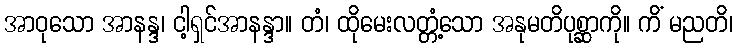
အာဝုသော အာနန္ဒ၊ ငါ့ရှင်အာနန္ဒာ။ တံ၊ ထိုမေးလတ္တံ့သော အနုမတိပုစ္ဆာကို။ ကိံ မညတိ၊